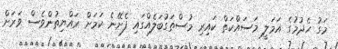
މަގު ހެދުމުގެ އަމަލީ މަސައްކަތް ކައިރި މުސްތަގުބަލެއްގައި ފެށޭނެ ކަމަށް ރައްޔިތުންވެސް ވަރަށް